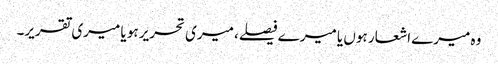
وہ میرے اشعار ہوں یا میرے فیصلے، میری تحریر ہو یا میری تقریر۔